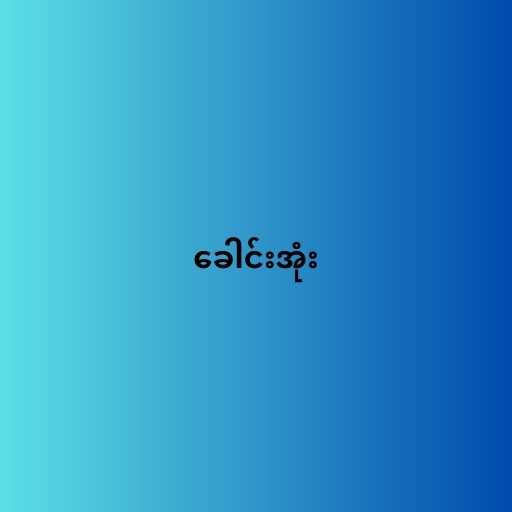
ခေါင်းအုံး